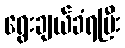
ရွေးချယ်ခံရပြီး